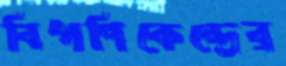
বিপণিকেন্দ্রের